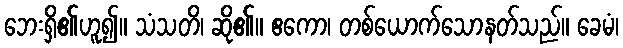
ဘေးရှိ၏ဟူ၍။ သံသတိ၊ ဆို၏။ ဧကော၊ တစ်ယောက်သောနတ်သည်။ ခေမံ၊